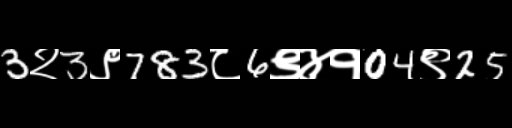
Text: 3२3९783८6९४१04९25